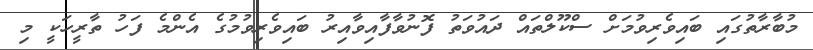
މުބާރާތުގައި ބައިވެރިވުމަށް ސްކޫލްތައް ދައުވަތު ފޮނުވާފާއިވާއިރު ބައިވެރިވުމުގެ އެންމެ ފަހު ތާރީހަކީ މި